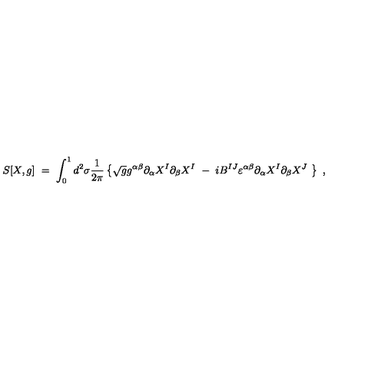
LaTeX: S [ X , g ] \ = \ \int _ { 0 } ^ { 1 } d ^ { 2 } \sigma \frac { 1 } { 2 \pi } \left\{ \sqrt { g } g ^ { \alpha \beta } \partial _ { \alpha } X ^ { I } \partial _ { \beta } X ^ { I } \ - \ i B ^ { I J } \varepsilon ^ { \alpha \beta } \partial _ { \alpha } X ^ { I } \partial _ { \beta } X ^ { J } \ \right\} \ ,